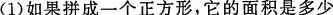
(1)如果拼成一个正方形，它的面积是多少